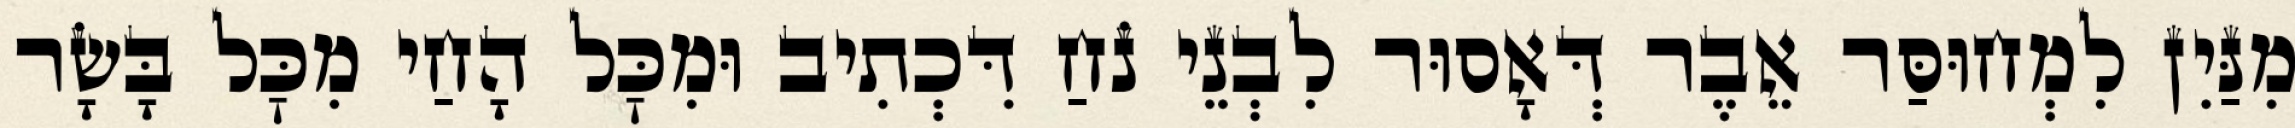
מִנַּיִן לִמְחוּסַּר אֵבֶר דְּאָסוּר לִבְנֵי נֹחַ דִּכְתִיב וּמִכׇּל הָחַי מִכׇּל בָּשָׂר